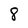
Character: 8